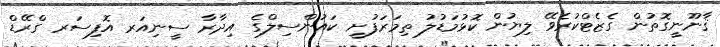
ޤާނޫނީގޮތުން ގެޒެޓްކުރެވޭ ލިޔުން ކޮޅުމަޑުލު ތިމަރަފުށީ ކައުންސިލްގެ އިދާރާ ސީނިއަރ އޮފިސަރ ގްރޭޑް